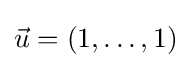
{\vec {u}}=(1,\ldots ,1)